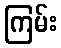
ကြမ်း